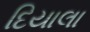
દિયાલા